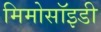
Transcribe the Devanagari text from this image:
मिमोसॉइडी